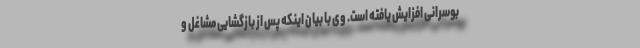
بوسرانی افزایش یافته است. وی با بیان اینکه پس از بازگشایی مشاغل و